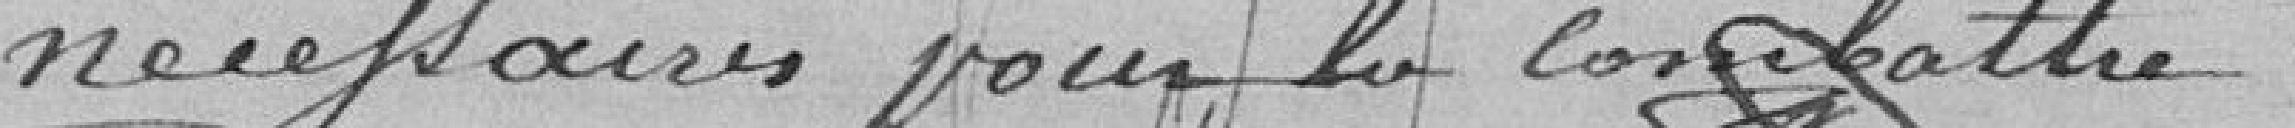
nécessaires pour la combattre.